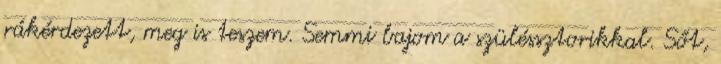
rákérdezett, meg is teszem. Semmi bajom a szüléssztorikkal. Sőt,